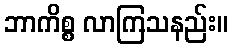
ဘာကိစ္စ လာကြသနည်း။